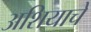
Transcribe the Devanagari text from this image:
अशियाचे